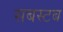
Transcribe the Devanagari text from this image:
सबस्टब